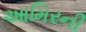
આમિરની